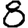
Digit: 8